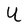
Character: U